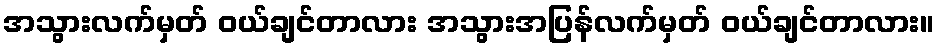
အသွားလက်မှတ် ဝယ်ချင်တာလား အသွားအပြန်လက်မှတ် ဝယ်ချင်တာလား။